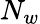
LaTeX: N_{w}